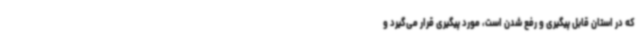
که در استان قابل پیگیری و رفع شدن است، مورد پیگیری قرار می‌گیرد و